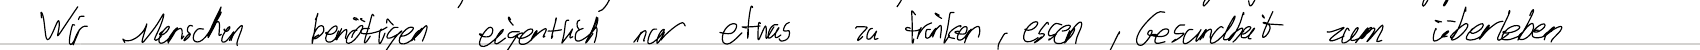
Wir Menschen benötigen eigentlich nur etwas zu trinken, essen, Gesundheit zum überleben